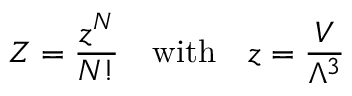
Z = { \frac { z ^ { N } } { N ! } } \quad { \mathrm { w i t h } } \quad z = { \frac { V } { \Lambda ^ { 3 } } }